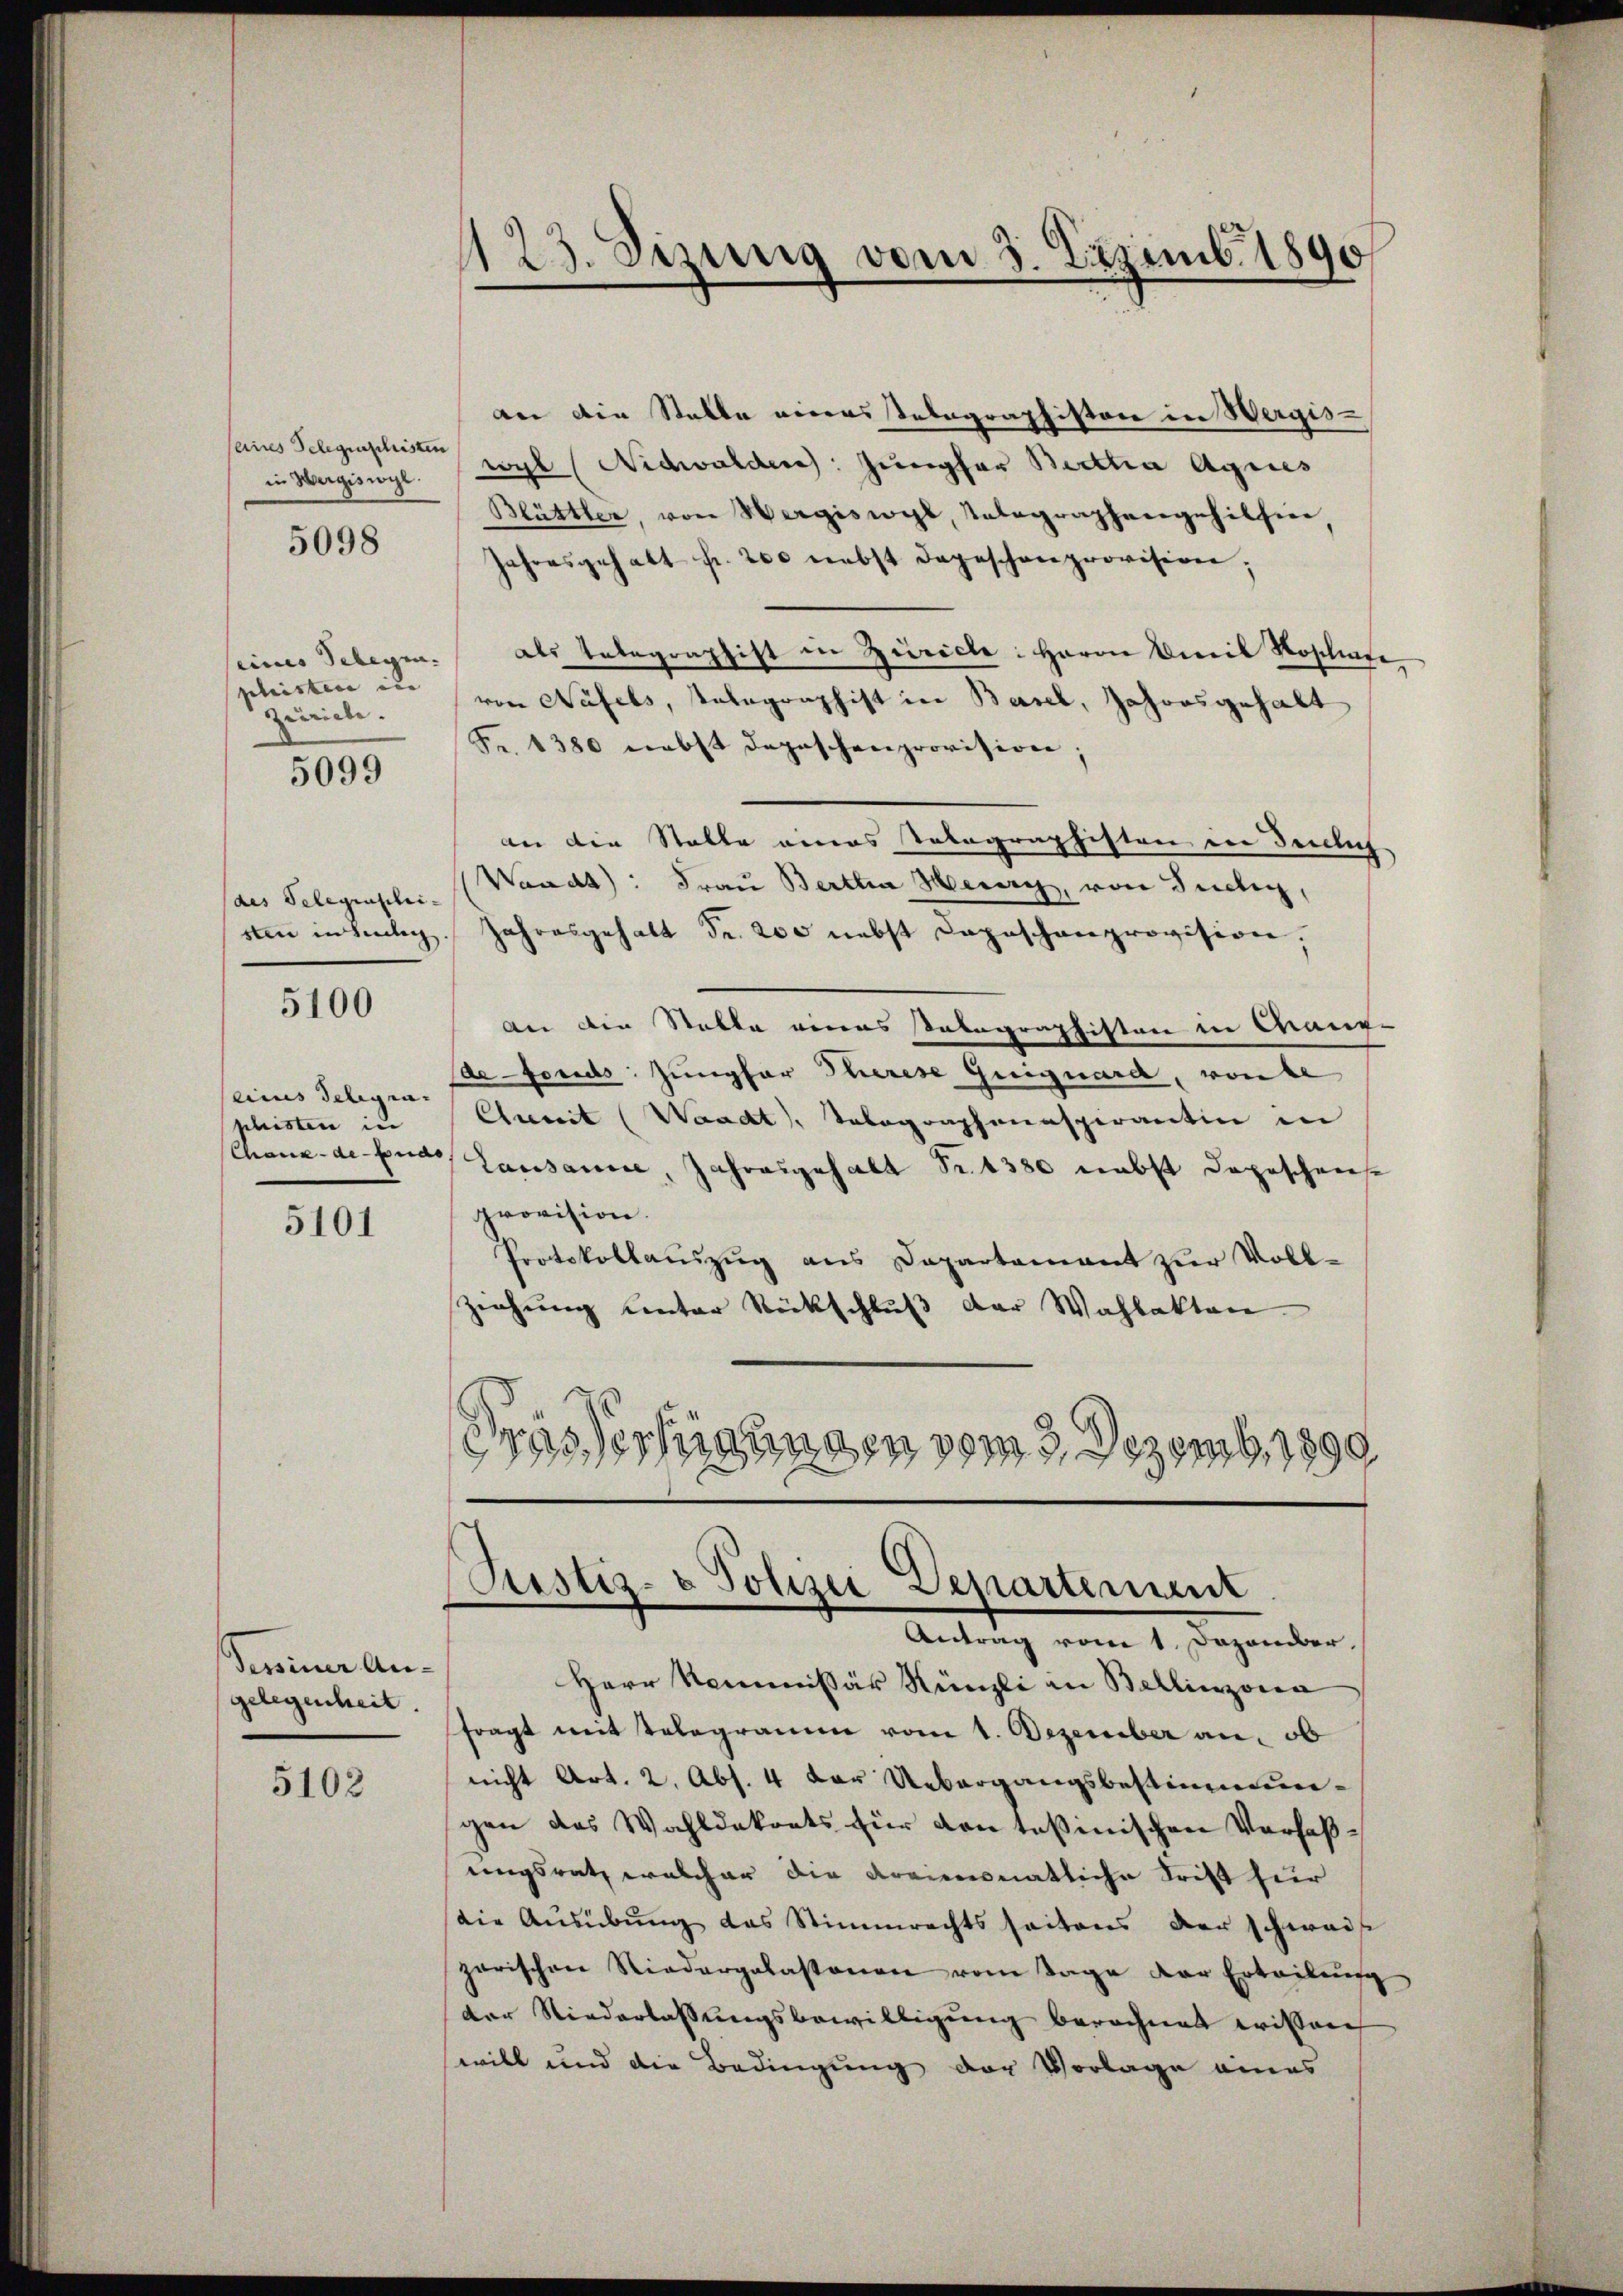
seines Telegenschristen
5098

eines Telegen. |
pleisten ein |
zenriete.
5099

des Telegraschei-
5100

(eines Delegraphristen in |

5101

Tessiner An-
gelegenheit.

5102

123. Sizung vom 3. Dezemb. 1890

an die Stelle eines Telegraphiston in Wergis-
in Hergiswyl Sigl (Nidwalden: Jungfer Betta Agnes
Blättler, von Wergiswyl, Telegraphengehilsin,
Jahresgehalt fr. 200 nebst dageschenprovision;
als Telegraphist in Züricle: Herrn Dreil Roschiate
von Näfels, Telegraphist in Basel, Jahorsgehabt
Fr. 1380 nebst Depeschenprovision;
an die Stalle eines Totagraphisten in denlich
Waadt): Frau Bertha Herry, von Suchig,
sten in Seelg. Jahresgehalt Fr. 200 nebst Depeschenprovision;
An die Stelle eines abegraphisten in Wang-
de-Fonds: Jungfer Therese Guiguard, von be
Chrereit (Waadt, Telegraphenaspirantin in
Chaux-de-Fonds Lausanne, Jahresgehalt Fr. 1380 nebst dageschense
provision.
Protokollauszug aus Dapartement zur Voll¬
Ziehung unter Rückschluß der Wahlakten.
.
asverfügungen vom 3. Dezemb. 1899

Justiz- & Polizei Departement
Antrag vom 1. Dezember.

Herr Kommissär Künzli an Bellinzona
fragt mit Telegramm vom 1. Dezember an, ob
nicht Art. 2. Abs. 4 der Uebergangsbestimmungen des Wahldekrets für den Teßinischen Verfaßungsrath welcher die Kreimonatliche Frist hier
die Aŭsübŭng das Stimmrechtsseitens der schwaise
parischen Niedergelastonen vom Tage der Erteilŭng
der Niederlassungsbewilligung berechnet wissen
will und die Bedingung der Vorlage eines